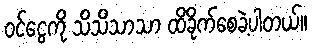
ဝင်ငွေကို သိသိသာသာ ထိခိုက်စေခဲ့ပါတယ်။